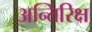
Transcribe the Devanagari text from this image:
अन्तिरिक्ष